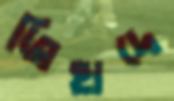
জিহাদে